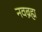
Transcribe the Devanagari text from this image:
नवब्रह्म